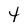
Character: 4